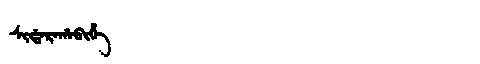
Manchu: ᠰᡳᡩᠠᡵᠠᡥᠠᠪᡳᡥᡝ
Romanization: SIDARAHABIHE